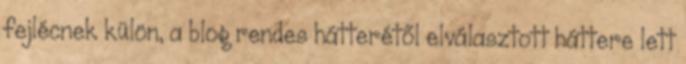
fejlécnek külön, a blog rendes hátterétől elválasztott háttere lett